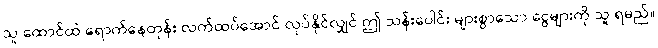
သူ ထောင်ထဲ ရောက်နေတုန်း လက်ထပ်အောင် လုပ်နိုင်လျှင် ဤ သန်းပေါင်း များစွာသော ငွေများကို သူ ရမည်။